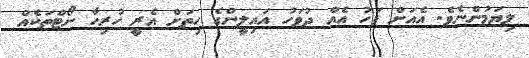
ލިޔަމުންނެވެ. އެއަށް ފަހު އެއް ދުވަހު އައިލީންގެ ހިތަށް އެރީ ހުރިހާ ނޯޓްތަކެއް